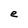
Character: e